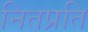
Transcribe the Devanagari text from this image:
नितप्रति